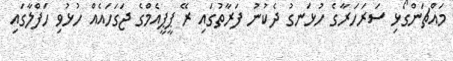
މައްޗަންގޯޅި ސަރަހަރާގެ ހުޅަނގު ދެކުނު ފަރާތުގައި ރޭ ޕީޕީއެމްގެ ޖަގަހައެއް ހުޅުވި ހަފްލާގައި